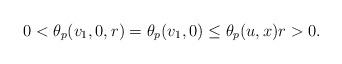
LaTeX: \begin{align*}0<\theta_p(v_1,0,r)=\theta_p(v_1,0)\leq \theta_p(u,x)r>0.\end{align*}